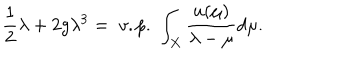
LaTeX: \frac 1 2 \lambda + 2 g \lambda ^ { 3 } = \; v . p . \; \int _ { X } \frac { u ( \mu ) } { \lambda - \mu } d \mu .